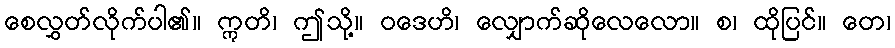
စေလွှတ်လိုက်ပါ၏။ ဣတိ၊ ဤသို့။ ဝဒေဟိ၊ လျှောက်ဆိုလေလော။ စ၊ ထိုပြင်။ တေ၊